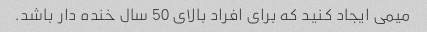
میمی ایجاد کنید که برای افراد بالای 50 سال خنده دار باشد.